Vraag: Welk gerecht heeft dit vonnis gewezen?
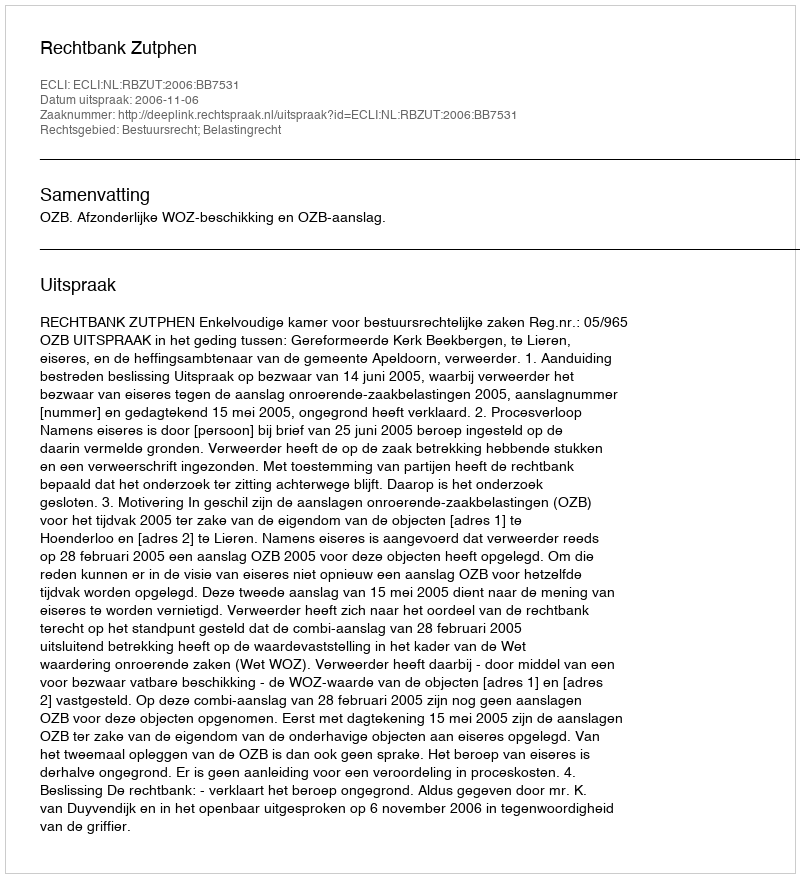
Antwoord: Rechtbank Zutphen